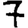
Digit: 7